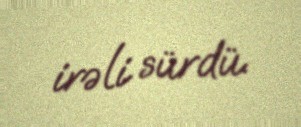
irəli sürdü.